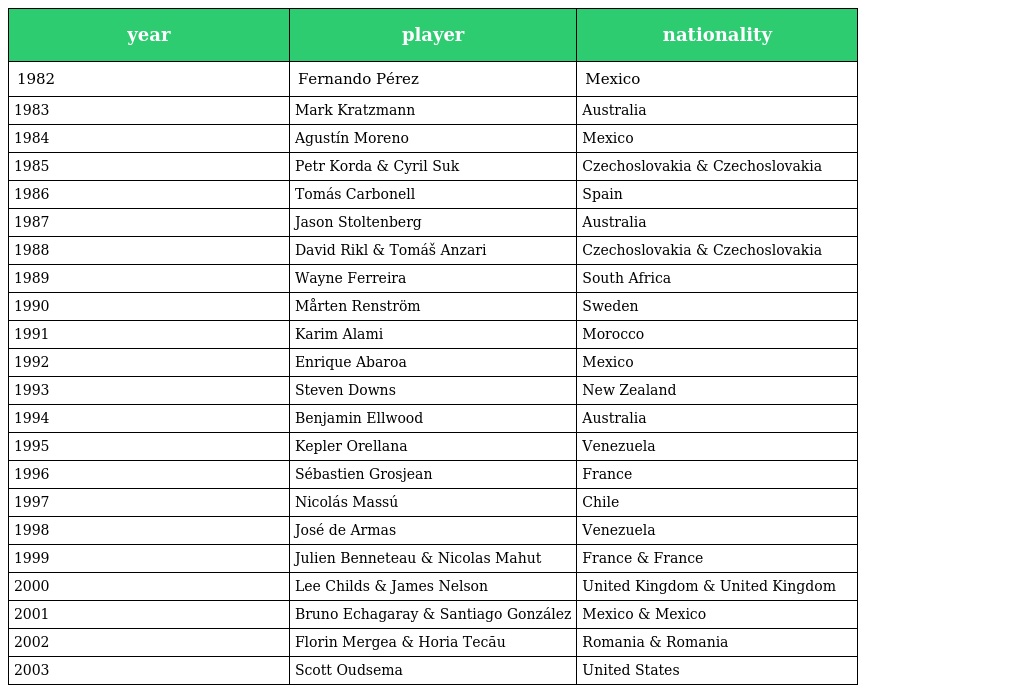
| year | player | nationality |
 | --- | --- | --- |
 | 1982 | Fernando Pérez | Mexico |
 | 1983 | Mark Kratzmann | Australia |
 | 1984 | Agustín Moreno | Mexico |
 | 1985 | Petr Korda & Cyril Suk | Czechoslovakia & Czechoslovakia |
 | 1986 | Tomás Carbonell | Spain |
 | 1987 | Jason Stoltenberg | Australia |
 | 1988 | David Rikl & Tomáš Anzari | Czechoslovakia & Czechoslovakia |
 | 1989 | Wayne Ferreira | South Africa |
 | 1990 | Mårten Renström | Sweden |
 | 1991 | Karim Alami | Morocco |
 | 1992 | Enrique Abaroa | Mexico |
 | 1993 | Steven Downs | New Zealand |
 | 1994 | Benjamin Ellwood | Australia |
 | 1995 | Kepler Orellana | Venezuela |
 | 1996 | Sébastien Grosjean | France |
 | 1997 | Nicolás Massú | Chile |
 | 1998 | José de Armas | Venezuela |
 | 1999 | Julien Benneteau & Nicolas Mahut | France & France |
 | 2000 | Lee Childs & James Nelson | United Kingdom & United Kingdom |
 | 2001 | Bruno Echagaray & Santiago González | Mexico & Mexico |
 | 2002 | Florin Mergea & Horia Tecău | Romania & Romania |
 | 2003 | Scott Oudsema | United States |